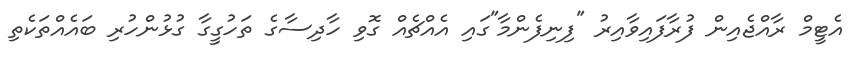
އެޓީމް ރާއްޖެއިން ފުރާފައިވާއިރު "ފިނިފެންމާ"ގައި އެއްޗެއް ގޮވި ހާދިސާގެ ތަހުގީގާ ގުޅުންހުރި ބައެއްތަކެތި